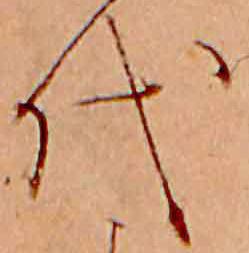
代